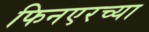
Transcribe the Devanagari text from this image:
फिनएरच्या